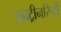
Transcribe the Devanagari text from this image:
इनट्रीनसिटी